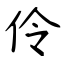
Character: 伶